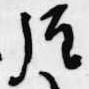
経